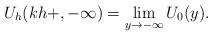
LaTeX: \begin{align*}U_h(kh+,-\infty)=\lim\limits_{y\to-\infty}U_0(y).\end{align*}